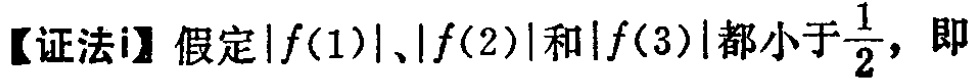
【证法i】假定\(\vert f(1)\vert、\vert f(2)\vert\)和\(\vert f(3)\vert\)都小于\(\frac{1}{2}\)，即